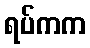
ရပ်ကက